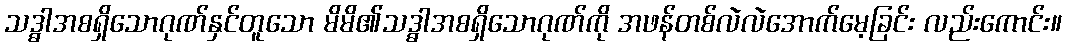
သဒ္ဓါအစရှိသောဂုဏ်နှင်တူသော မိမိ၏သဒ္ဓါအစရှိသောဂုဏ်ကို အဖန်တစ်လဲလဲအောက်မေ့ခြင်း လည်းကောင်း။